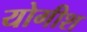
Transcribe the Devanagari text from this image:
योगीश